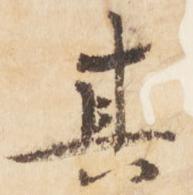
其